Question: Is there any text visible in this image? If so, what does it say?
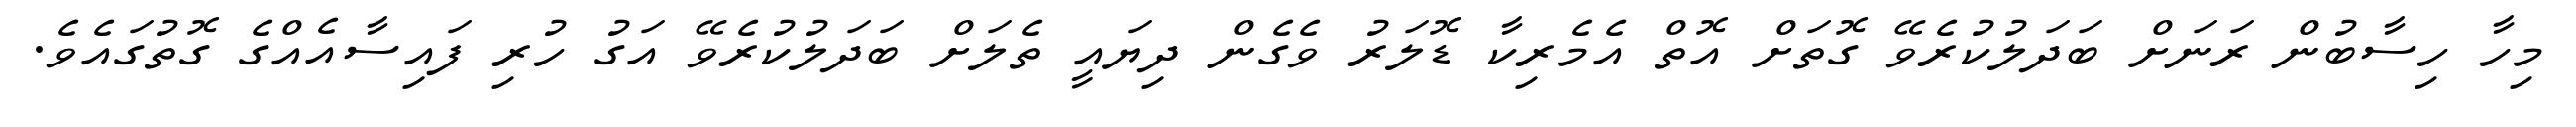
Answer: މިހާ ހިސާބުން ރަނަށް ބަދަލުކުރެވޭ ގޮތަށް އޮތް އެމެރިކާ ޑޮލަރު ވެގެން ދިޔައީ ތެލަށް ބަދަލުކުރެވޭ އަގު ހުރި ފައިސާއެއްގެ ގޮތުގައެވެ.